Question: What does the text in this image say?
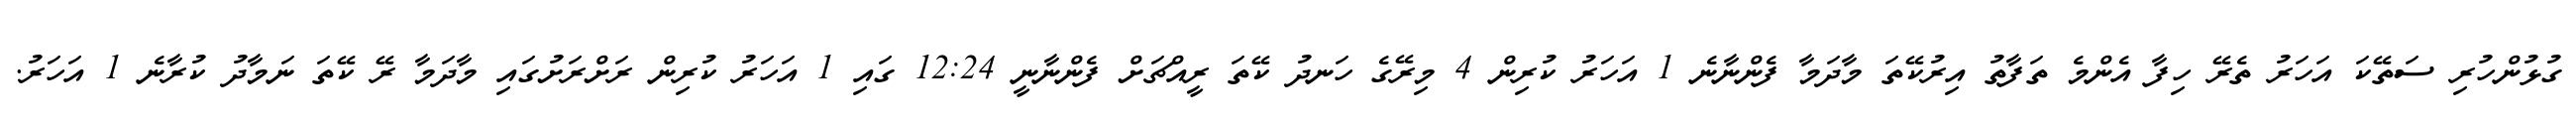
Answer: ގުޅުންހުރި ސަތޭކަ އަހަރު ތެރޭ ހިފާ އެންމެ ތަފާތު އިރުކޭތަ މާދަމާ ފެންނާނެ 1 އަހަރު ކުރިން 4 މިރޭގެ ހަނދު ކޭތަ ރީއްޗަށް ފެންނާނީ 12:24 ގައި 1 އަހަރު ކުރިން ރަށްރަށުގައި މާދަމާ ރޭ ކޭތަ ނަމާދު ކުރާނެ 1 އަހަރު.